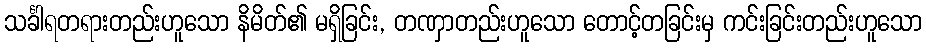
သင်္ခါရတရားတည်းဟူသော နိမိတ်၏ မရှိခြင်း, တဏှာတည်းဟူသော တောင့်တခြင်းမှ ကင်းခြင်းတည်းဟူသော